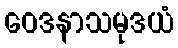
ဝေဒနာသမုဒယံ